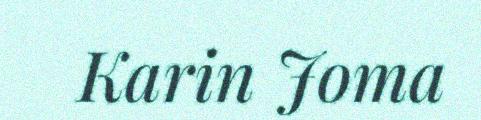
Karin Joma